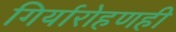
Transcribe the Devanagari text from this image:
गिर्यारोहणही